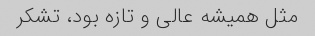
مثل همیشه عالی و تازه بود، تشکر